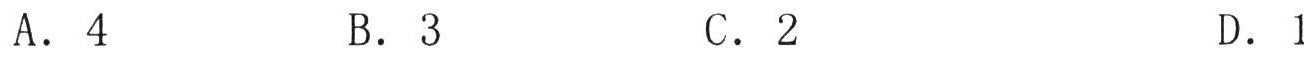
A. \(4\)  B. \(3\)  C. \(2\)  D. \(1\)